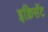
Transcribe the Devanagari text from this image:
इक्रिसॅट